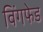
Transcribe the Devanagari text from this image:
विंगफेड